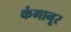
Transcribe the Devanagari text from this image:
कंगानूर